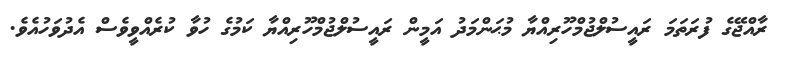
ރާއްޖޭގެ ފުރަތަމަ ރައީސުލްޖުމްހޫރިއްޔާ މުޙަންމަދު އަމީން ރައީސުލްޖުމްހޫރިއްޔާ ކަމުގެ ހުވާ ކުރެއްވީވެސް އެދުވަހުއެވެ.